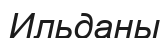
Ильданы